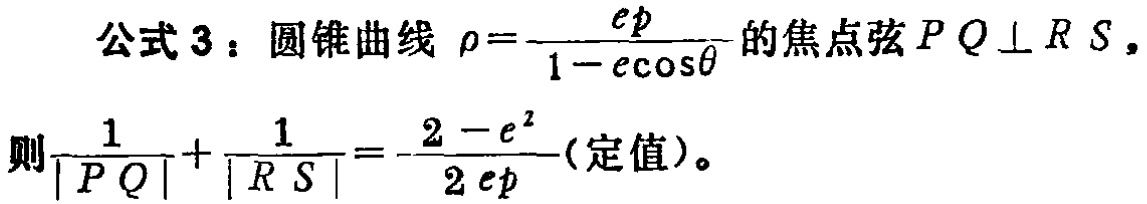
公式 3：圆锥曲线 $\rho=\frac{ep}{1 - e\cos\theta}$ 的焦点弦 $PQ\perp RS$，
则$\frac{1}{|PQ|}+\frac{1}{|RS|}=\frac{2 - e^{2}}{2ep}$(定值)。